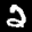
Label: 2